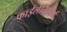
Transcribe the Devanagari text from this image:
फाईलेरिफॉर्म